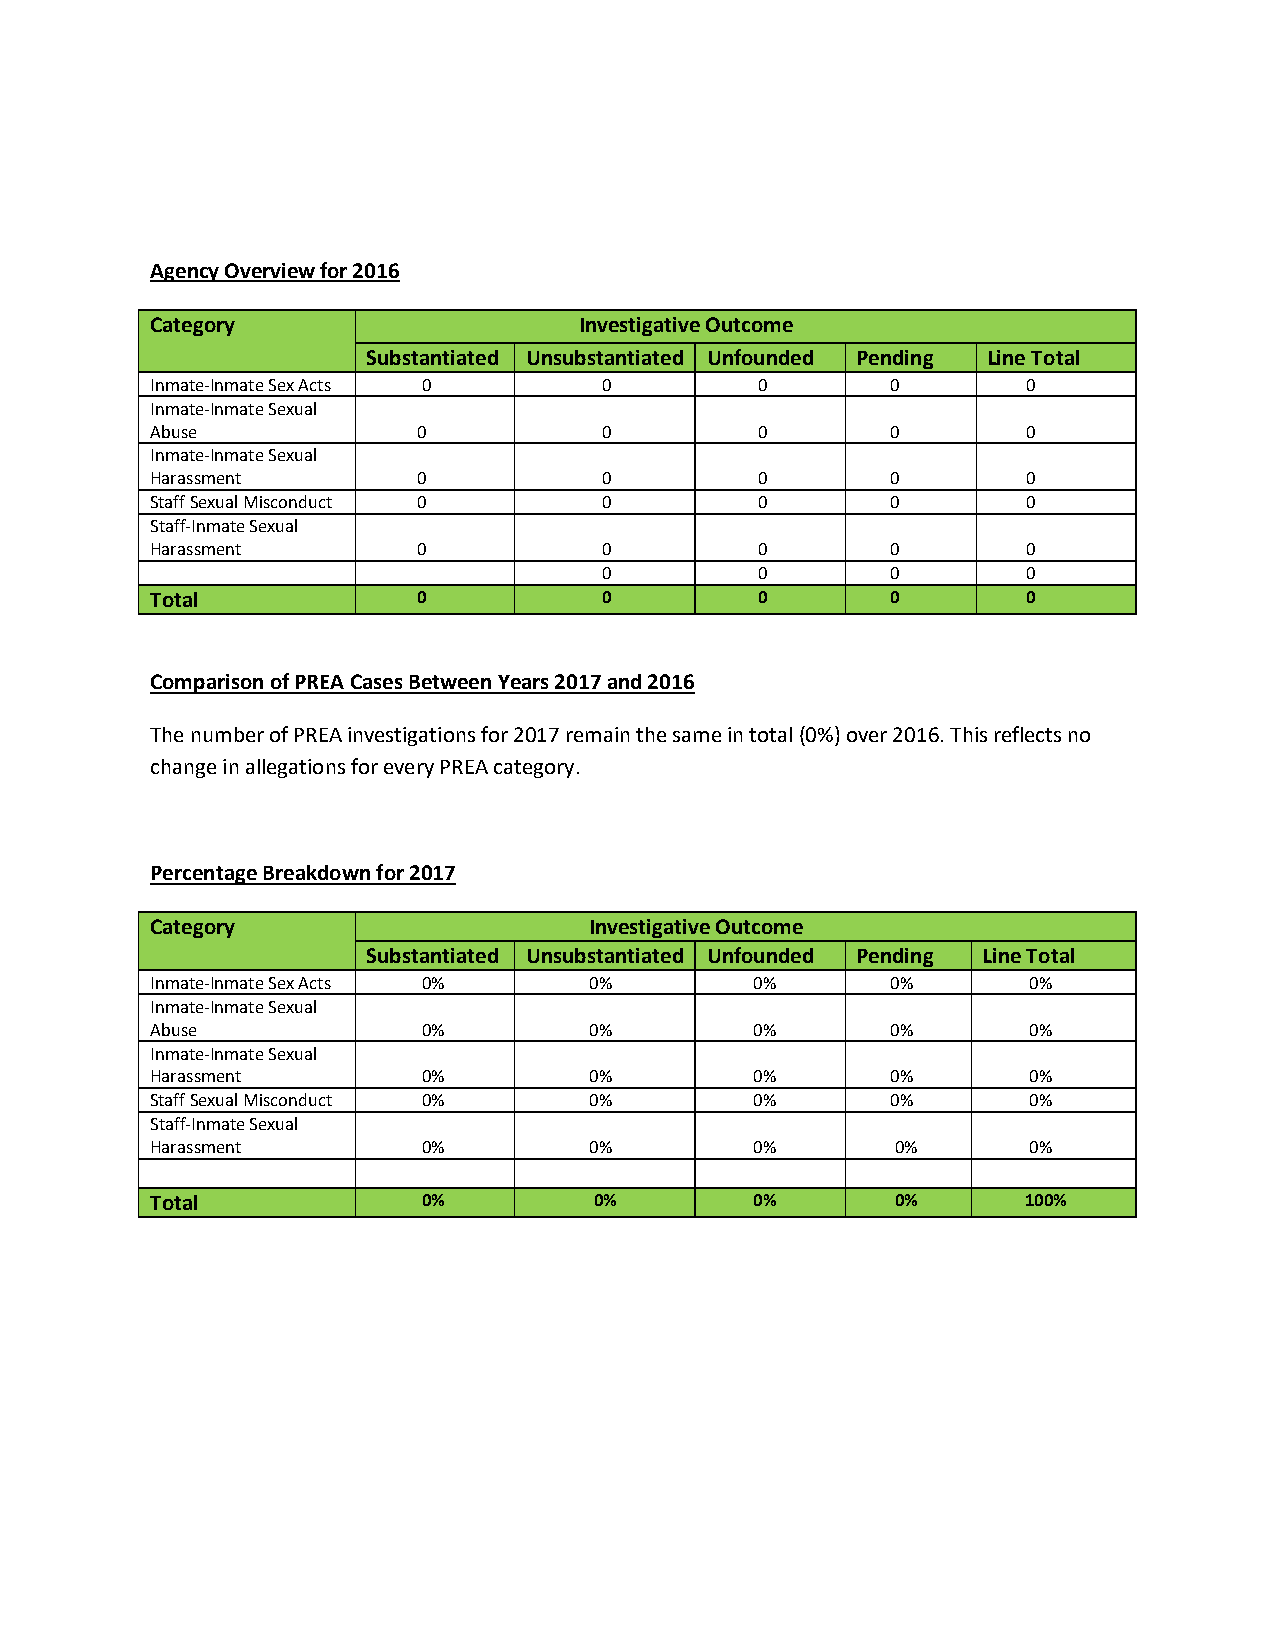
Agency Overview for 2016
 Category                    Investigative Outcome
 Substantiated Unsubstantiated Unfounded Pending Line Total
 Inmate-Inmate Sex Acts 0      0         0        0        0
 Inmate-Inmate Sexual
 Abuse             0           0         0        0        0
 Inmate-Inmate Sexual
 Harassment        0           0         0        0        0
 Staff Sexual Misconduct 0     0         0        0        0
 Staff-Inmate Sexual
 Harassment        0           0         0        0        0
 0         0        0        0
 Total             0           0         0        0        0
 Comparison of PREA Cases Between Years 2017 and 2016
 The number of PREA investigations for 2017 remain the same in total (0%) over 2016. This reflects no
 change in allegations for every PREA category.
 Percentage Breakdown for 2017
 Category                     Investigative Outcome
 Substantiated Unsubstantiated Unfounded Pending Line Total
 Inmate-Inmate Sex Acts 0%    0%         0%       0%       0%
 Inmate-Inmate Sexual
 Abuse             0%         0%         0%       0%       0%
 Inmate-Inmate Sexual
 Harassment        0%         0%         0%       0%       0%
 Staff Sexual Misconduct 0%   0%         0%       0%       0%
 Staff-Inmate Sexual
 Harassment        0%         0%         0%       0%       0%
 Total             0%         0%         0%       0%       100%